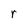
Character: r